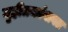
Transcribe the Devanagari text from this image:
गृहीतकांबाबत